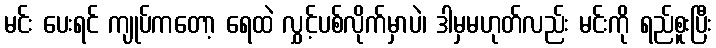
မင်း ပေးရင် ကျုပ်ကတော့ ရေထဲ လွှင့်ပစ်လိုက်မှာပဲ၊ ဒါမှမဟုတ်လည်း မင်းကို ရည်စူးပြီး